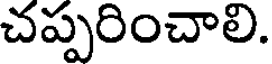
చప్పరించాలి.